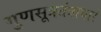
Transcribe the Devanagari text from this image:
गुणसूत्रतंत्राधारे